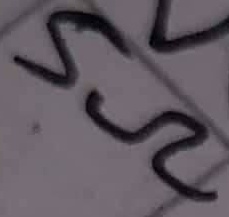
Text: 5Ω